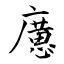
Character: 懬